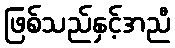
ဖြစ်သည်နှင့်အညီ